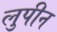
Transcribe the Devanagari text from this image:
लुपीन